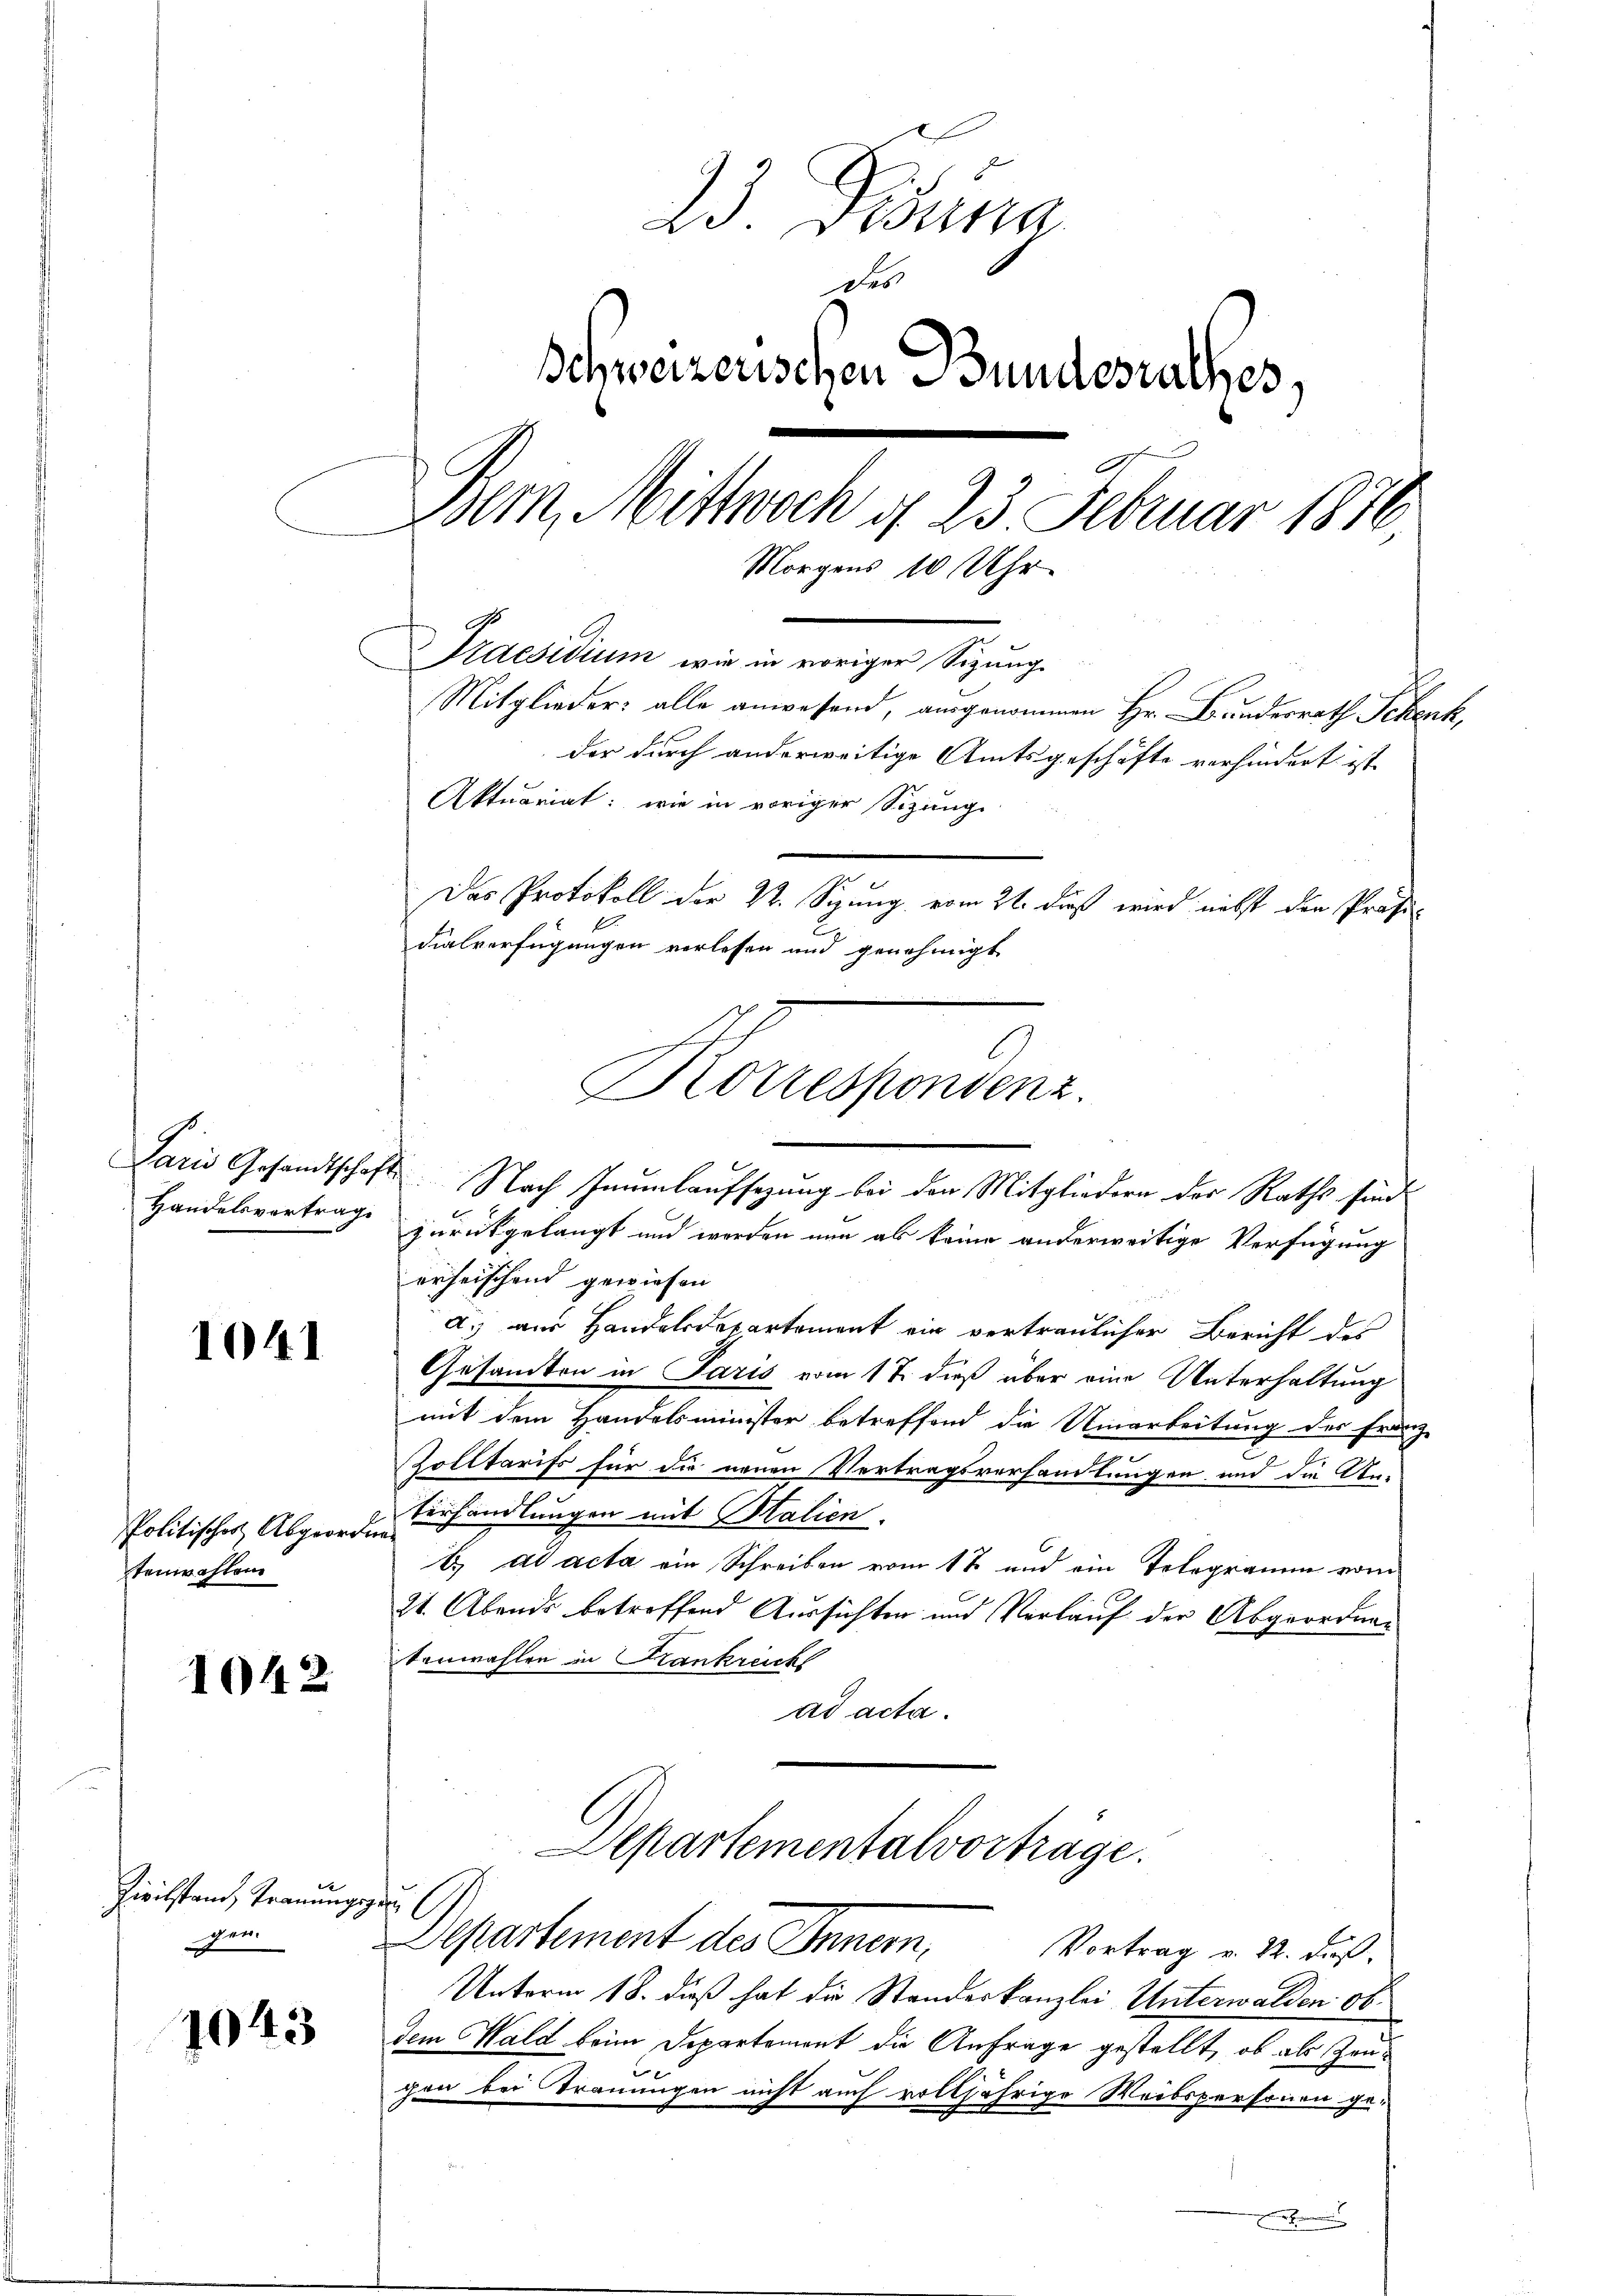
Handelsvertrag

1041

Politisches Abgeor
tenwahlen

1042

Zivilstand Trauung
gen.

1043

23. Dierna
des
Schweizerischen Bundesrathes,
Bern, Mittwoch d. 23 Februar 1876
Morgens 10 Uhr
Praesidium wie in voriger Sizung.
Mitglieder: alle anwesend, ausgenommen Hr. Bundesrath Schenk,
der durch anderweitige Amtsgeschäfte verhindert ist
Aktuariat: wie in voriger Sizung
Das Protokoll der 22. Sizung vom 21. dieß wird nicht den Präsi
2
dialverfügungen verlesen und genehmigt

Korrespondenz.

Laris Gesandtschaft. Nach Haumlaufsezung bei den Mitgliedern der Raths sind.
zurückgelangt und werden nun als keine anderweitige Verfügung
erheischend gewiesen
a.) aus Handelsdepartement ein vertraulicher Bericht des
Gesandten in Paris vom 17. dieß über eine Unterhaltung
mit dem Handelsminister betreffend die Umarbeitung des Franz-
Zolltarifs für die neuen Vertragsverhandlungen und die An-
Verhandlungen mit Stalien.
b. ad acta ein Schreiben vom 12 und ein Telegramm vom
21. Abends betreffend Aussichten und Verlauf der Abgeordnekenwahlen in Krankreich
ad acta.
Departementalvortrage.
f
Departement des Innern,
Vortrag v. 22. daß
Unterm 18. dieß hat die Standeskanzlei Unterwalden ob
dem Wald beim Departement die Anfrage gestellt, ob als Haugen bei Trauungen nicht auch volljährige Weibspersonen ge¬
.